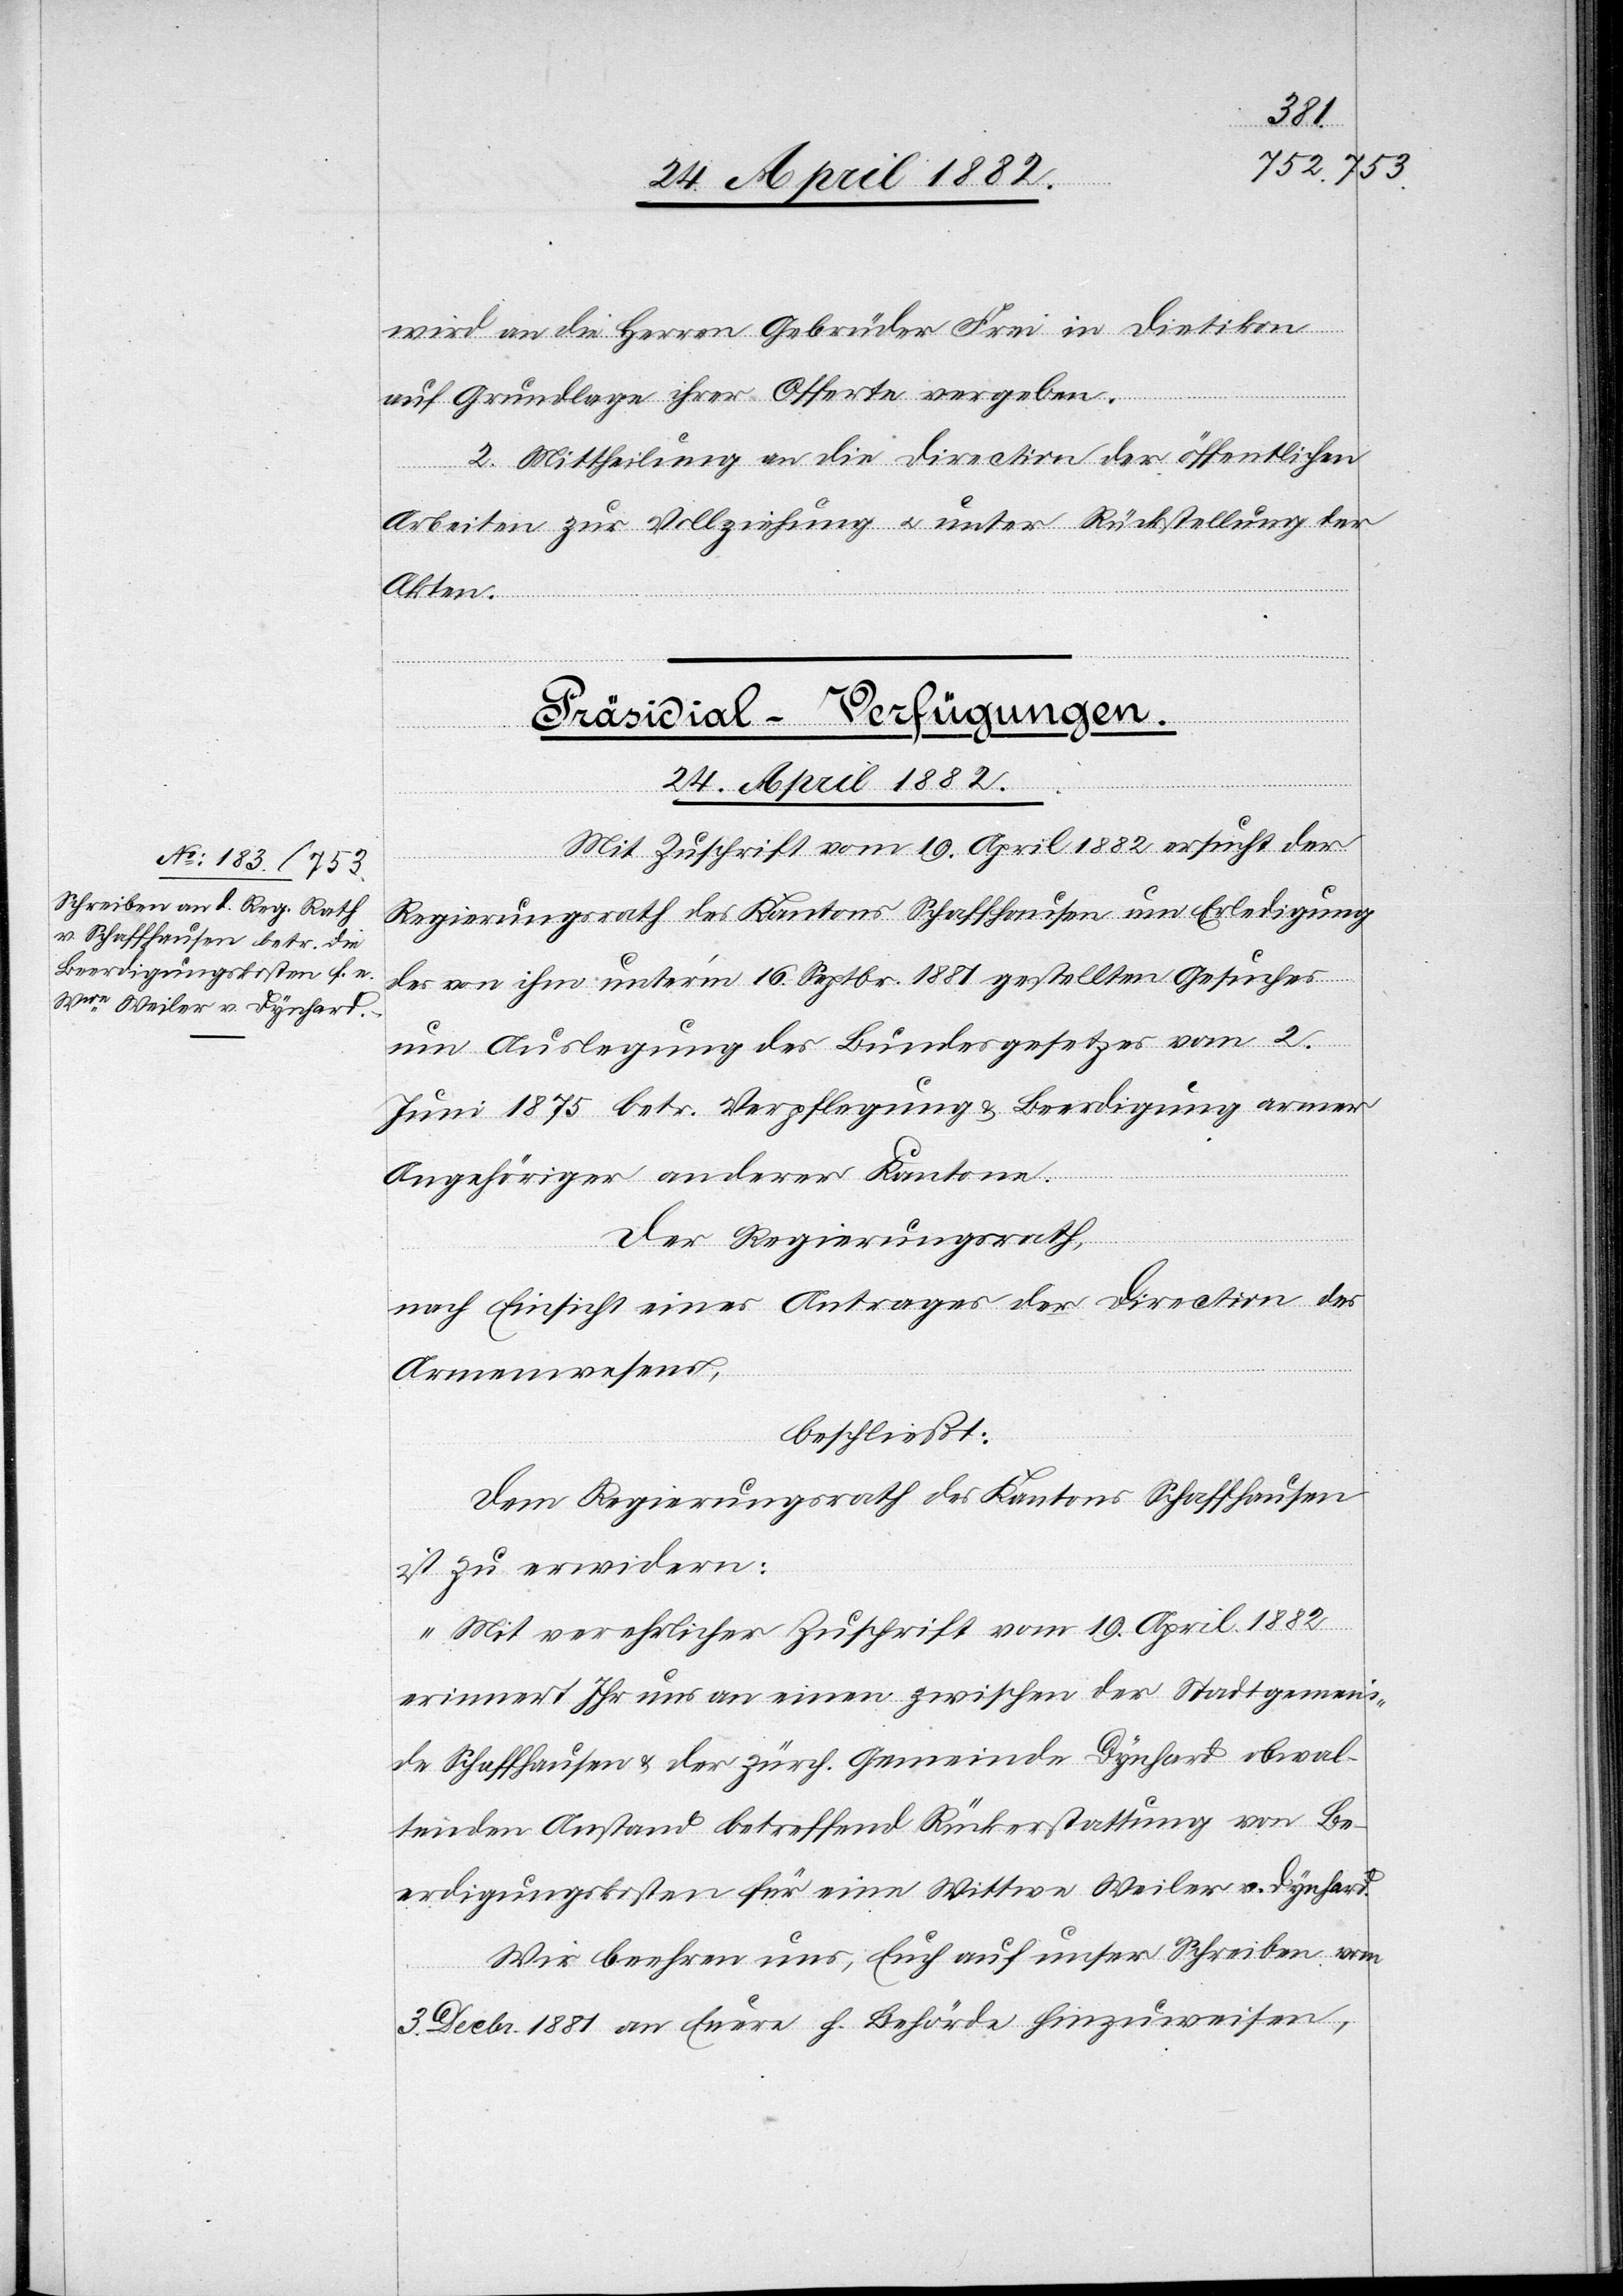
wird an die Herren Gebrüder Frei in Dietikon
auf Grundlage ihrer Offerte vergeben.
2. Mittheilung an die Direction der öffentlichen
Arbeiten zur Vollziehung u. unter Rückstellung der
Akten.
Präsidial-Verfügungen.
24. April 1882.
Mit Zuschrift vom 19. April 1882 ersucht der
Regierungsrath des Kantons Schaffhausen um Erledigung
des von ihm unterm 16. Septbr. 1881 gestellten Gesuches
um Auslegung des Bundesgesetzes vom 2.
Juni 1875 betr. Verpflegung & Beerdigung armer
Angehöriger anderer Kantone.
Der Regierungsrath,
nach Einsicht eines Antrages der Direction des
Armenwesens,
beschließt:
Dem Regierungsrath des Kantons Schaffhausen
ist zu erwidern:
„Mit verehrlicher Zuschrift vom 19. April 1882
erinnert Ihr uns an einen zwischen der Stadtgemein¬
de Schaffhausen & der zürch. Gemeinde Dynhard obwal¬
tenden Anstand betreffend Rückerstattung von Be¬
erdigungskosten für eine Wittwe Weiler v. Dynhard.
Wir beehren uns, Euch auf unser Schreiben vom
3. Decbr. 1881 an Eure h. Behörde hinzuweisen,